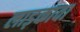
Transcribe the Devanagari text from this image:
लाड़कावा